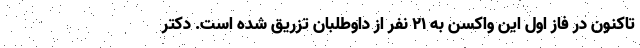
تاکنون در فاز اول این واکسن به ۲۱ نفر از داوطلبان تزریق شده است. دکتر